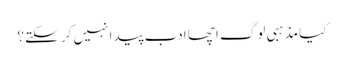
کیا مذہبی لوگ اچھا ادب پیدا نہیں کر سکتے؟